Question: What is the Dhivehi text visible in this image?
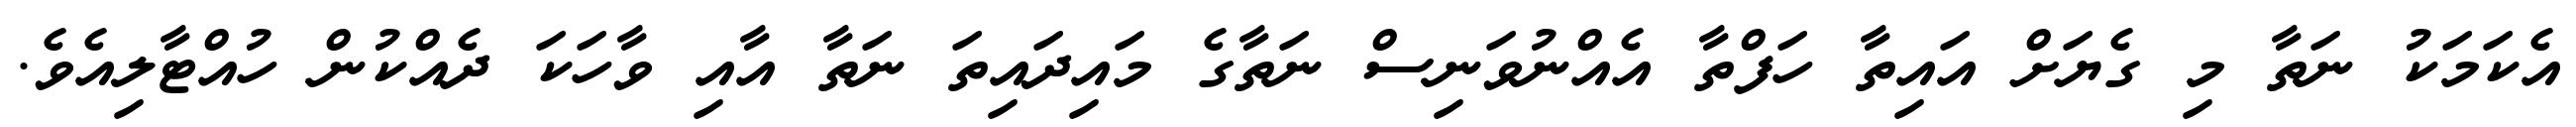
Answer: އެކަމަކު ނަތާ މި ގެޔަށް އައިތާ ހަފްތާ އެއްނުވަނިސް ނަތާގެ މައިދައިތަ ނަތާ އާއި ވާހަކަ ދެއްކުން ހުއްޓާލިއެވެ.